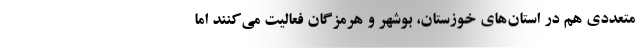
متعددی هم در استان‌های خوزستان، بوشهر و هرمزگان فعالیت می‌کنند اما